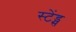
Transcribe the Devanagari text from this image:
स्टेंड्स